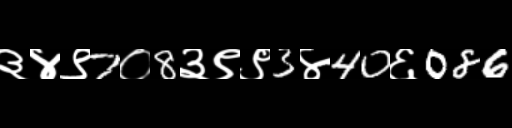
Text: ३४९7०8३९९3४40६086